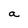
Character: a